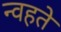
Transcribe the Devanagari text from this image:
न्वहते